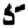
Digit: 5